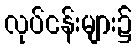
လုပ်ငန်းများ၌